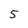
Character: 5